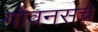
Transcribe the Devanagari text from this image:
गोवनसचे